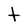
Character: t